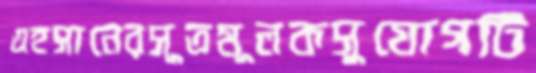
এহসানেরসূত্রমূলকসুযোগটি